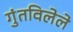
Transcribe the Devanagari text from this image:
गुंतविलेले